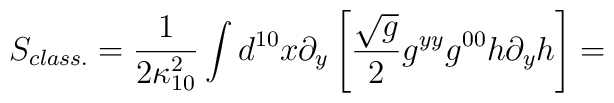
S_{class.}= \frac{1}{2 \kappa_{10}^{2}} \int d^{10} x \partial_{y}\left[\frac{\sqrt{g}}{2} g^{yy} g^{00} h \partial_{y} h \right]=